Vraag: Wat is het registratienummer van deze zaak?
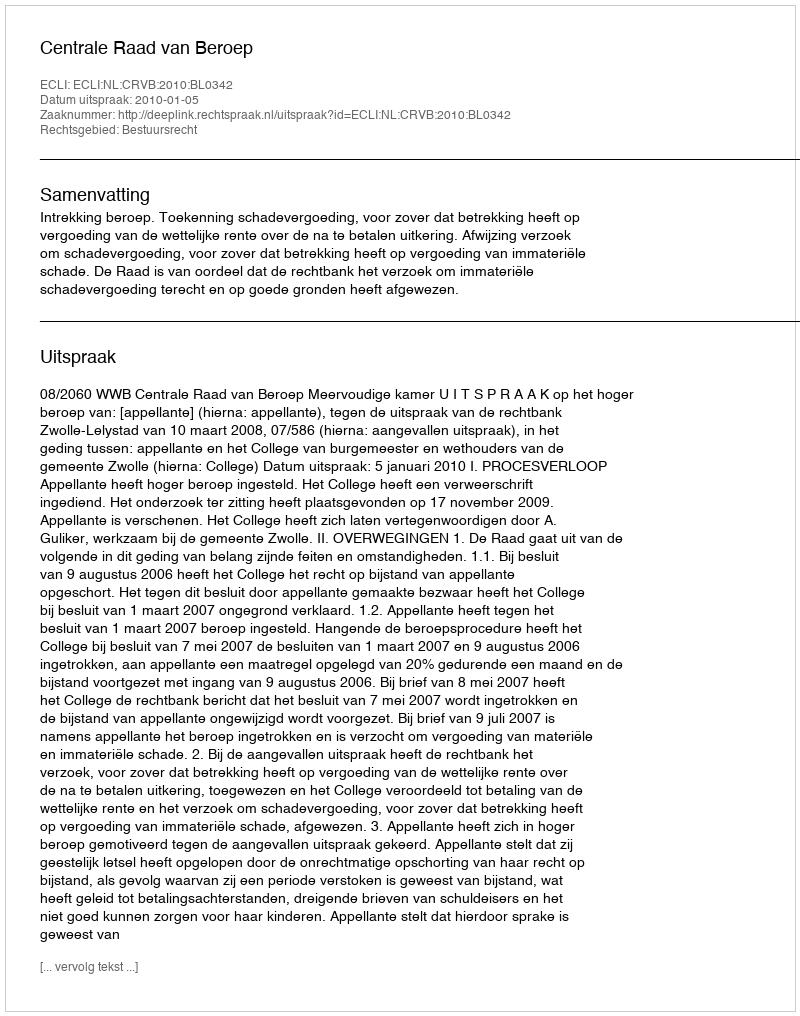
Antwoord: http://deeplink.rechtspraak.nl/uitspraak?id=ECLI:NL:CRVB:2010:BL0342